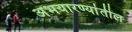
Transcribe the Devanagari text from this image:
अभयारण्यांतील